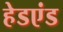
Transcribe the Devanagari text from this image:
हेडएंड